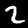
Digit: 2